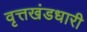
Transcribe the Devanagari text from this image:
वृत्तखंडधारी